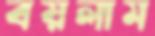
বয়লাম